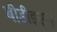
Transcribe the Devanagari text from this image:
बीडीइएस